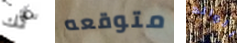
لك متوقعه الوالد